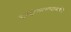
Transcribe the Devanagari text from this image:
दक्षिणाचारावलंबी